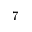
7